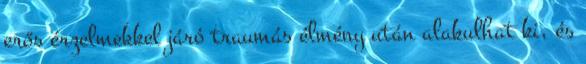
erős érzelmekkel járó traumás élmény után alakulhat ki, és